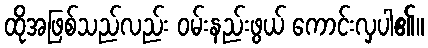
ထိုအဖြစ်သည်လည်း ဝမ်းနည်းဖွယ် ကောင်းလှပါ၏။